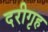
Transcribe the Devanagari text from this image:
दरीगृह